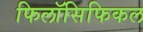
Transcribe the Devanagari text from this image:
फिलॉसिफिकल